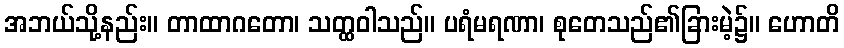
အဘယ်သို့နည်း။ တာထာဂတော၊ သတ္ထဝါသည်။ ပရံမရဏာ၊ စုတေသည်၏ခြားမဲ့၌။ ဟောတိ